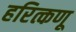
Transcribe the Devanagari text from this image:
हरित्कणू